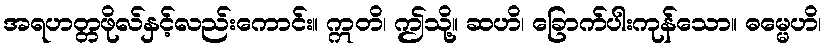
အရဟတ္တဖိုလ်နှင့်လည်းကောင်း။ ဣတိ၊ ဤသို့။ ဆဟိ၊ ခြောက်ပါးကုန်သော။ ဓမ္မေဟိ၊